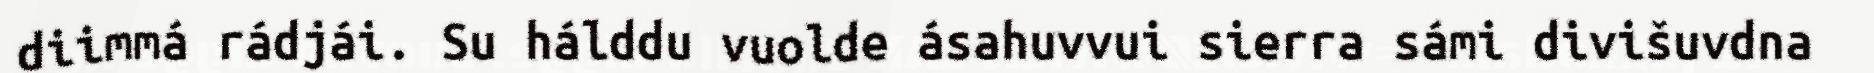
diimmá rádjái. Su hálddu vuolde ásahuvvui sierra sámi divišuvdna